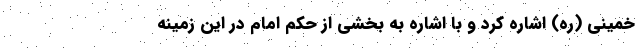
خمینی (ره) اشاره کرد و با اشاره به بخشی از حکم امام در این زمینه